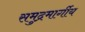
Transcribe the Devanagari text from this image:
समुद्रमार्गीय